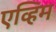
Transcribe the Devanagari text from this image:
एव्हिम